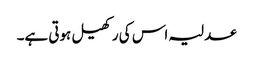
عدلیہ اس کی رکھیل ہوتی ہے۔